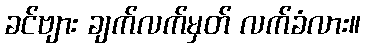
ခင်ဗျား ချက်လက်မှတ် လက်ခံလား။